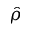
\hat { \rho }